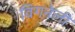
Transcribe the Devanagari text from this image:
विगनेली